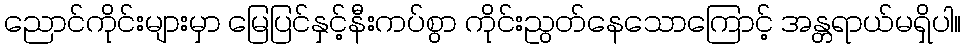
ညောင်ကိုင်းများမှာ မြေပြင်နှင့်နီးကပ်စွာ ကိုင်းညွတ်နေသောကြောင့် အန္တရာယ်မရှိပါ။